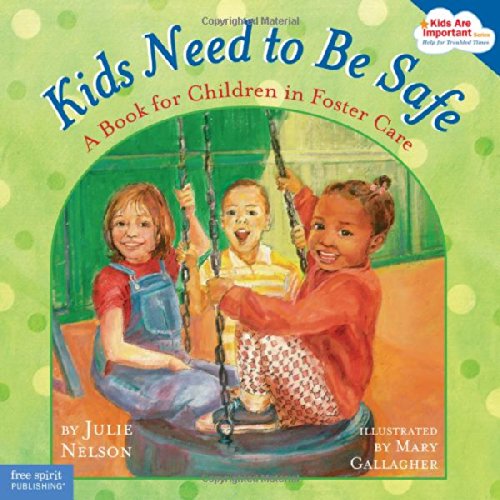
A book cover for Kids Need to Be Safe: A Book for Children in Foster Care (Kids Are Important); Julie Nelson; Parenting & Relationships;